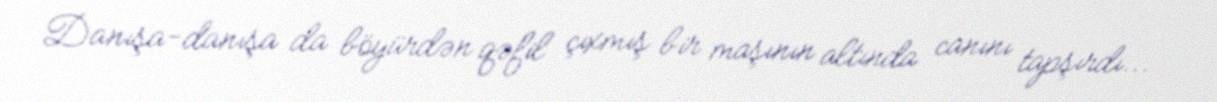
Danışa-danışa da böyürdən qəfil çıxmış bir maşının altında canını tapşırdı...